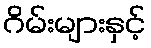
ဂိမ်းများနှင့်